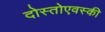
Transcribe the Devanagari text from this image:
दोस्तोएवस्की